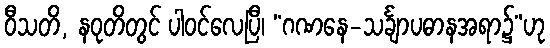
ဝီသတိ, နဝုတိတွင် ပါဝင်လေပြီ၊ “ဂဏနေ-သင်္ချာပဓာနအရာ၌”ဟု